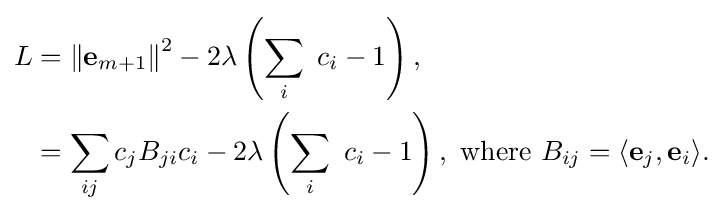
{\begin{aligned}L&=\left\|\mathbf {e} _{m+1}\right\|^{2}-2\lambda \left(\sum _{i}\ c_{i}-1\right),\\&=\sum _{ij}c_{j}B_{ji}c_{i}-2\lambda \left(\sum _{i}\ c_{i}-1\right),{\text{ where }}B_{ij}=\langle \mathbf {e} _{j},\mathbf {e} _{i}\rangle .\end{aligned}}